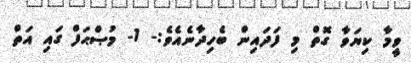
ވީމާ ކިޔަވާ ގޮތް މި ފަދައިން ބެހިދާނެއެވެ:- 1- މުޞްޙަފް ގައި އަތް